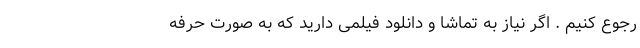
رجوع کنیم . اگر نیاز به تماشا و دانلود فیلمی دارید که به صورت حرفه